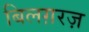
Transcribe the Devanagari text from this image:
बिलग़रज़